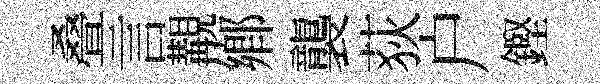
叠言覯鄉襲荻户鏗